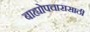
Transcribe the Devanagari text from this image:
बाह्योपचारासाठी